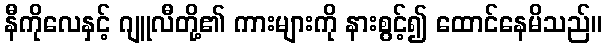
နီကိုလေနှင့် ဂျူလီတို့၏ ကားများကို နားစွင့်၍ ထောင်နေမိသည်။